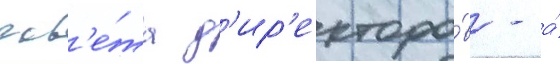
сов'е́та д'ир'екторо́в - а́